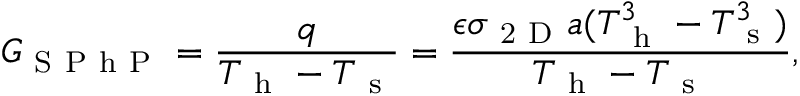
G _ { \mathrm { ~ S ~ P ~ h ~ P ~ } } = \frac { q } { T _ { \mathrm { ~ h ~ } } - T _ { \mathrm { ~ s ~ } } } = \frac { \epsilon \sigma _ { \mathrm { ~ 2 ~ D ~ } } a ( T _ { \mathrm { ~ h ~ } } ^ { 3 } - T _ { \mathrm { ~ s ~ } } ^ { 3 } ) } { T _ { \mathrm { ~ h ~ } } - T _ { \mathrm { ~ s ~ } } } { , }